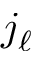
j _ { \ell }